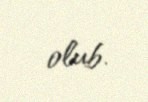
olub.